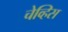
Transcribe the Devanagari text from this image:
चेव्हिस